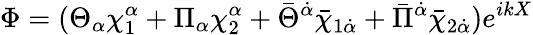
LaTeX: \Phi=(\Theta_{\alpha}\chi_{1}^{\alpha}+\Pi_{\alpha}\chi_{2}^{\alpha}+\bar{\Theta}^{\dot{\alpha}}\bar{\chi}_{1\dot{\alpha}}+\bar{\Pi}^{\dot{\alpha}}\bar{\chi}_{2\dot{\alpha}})e^{ikX}